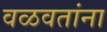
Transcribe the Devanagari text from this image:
वळवतांना